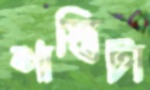
শাস্তিটা